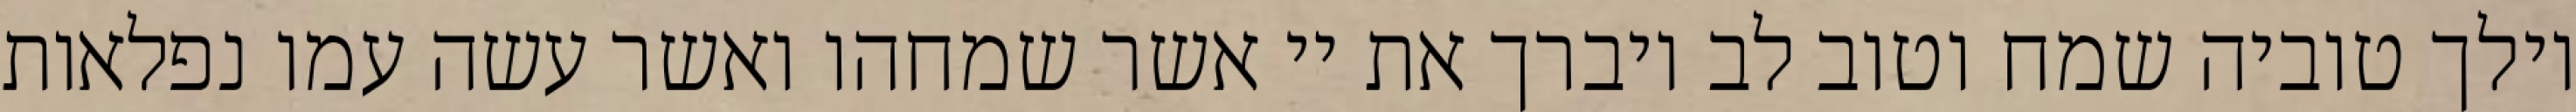
וילך טוביה שמח וטוב לב ויברך את יי אשר שמחהו ואשר עשה עמו נפלאות